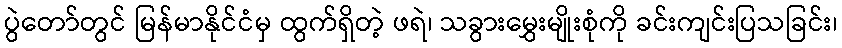
ပွဲတော်တွင် မြန်မာနိုင်ငံမှ ထွက်ရှိတဲ့ ဖရဲ၊ သခွားမွှေးမျိုးစုံကို ခင်းကျင်းပြသခြင်း၊